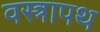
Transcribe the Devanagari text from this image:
वस्त्रापथ